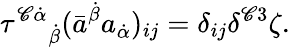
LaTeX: \tau^{\mathscr{C}\dot{{\alpha}}}{}_{\dot{{\beta}}}(\bar{{a}}^{\dot{{\beta}}}a_{\dot{{\alpha}}})_{ij}=\delta_{ij}\delta^{\mathscr{C}3}\zeta.